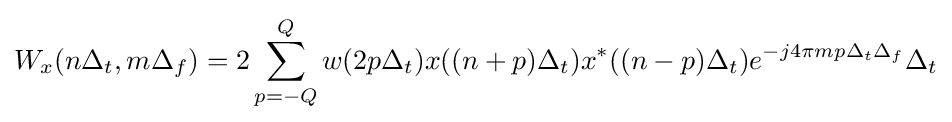
{\begin{aligned}W_{x}(n\Delta _{t},m\Delta _{f})=2\sum _{p=-Q}^{Q}w(2p\Delta _{t})x((n+p)\Delta _{t})x^{\ast }((n-p)\Delta _{t})e^{-j4\pi mp\Delta _{t}\Delta _{f}}\Delta _{t}\end{aligned}}